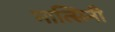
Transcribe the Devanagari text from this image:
मात्सिनी